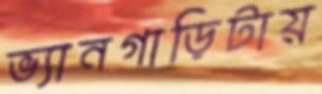
ভ্যানগাড়িটায়